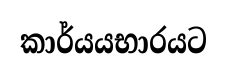
කාර්යයභාරයට